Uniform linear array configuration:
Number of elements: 4
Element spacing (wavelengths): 1
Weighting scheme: exponential
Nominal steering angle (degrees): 60
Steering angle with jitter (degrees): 60.903
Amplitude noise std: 0.05
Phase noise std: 0.05

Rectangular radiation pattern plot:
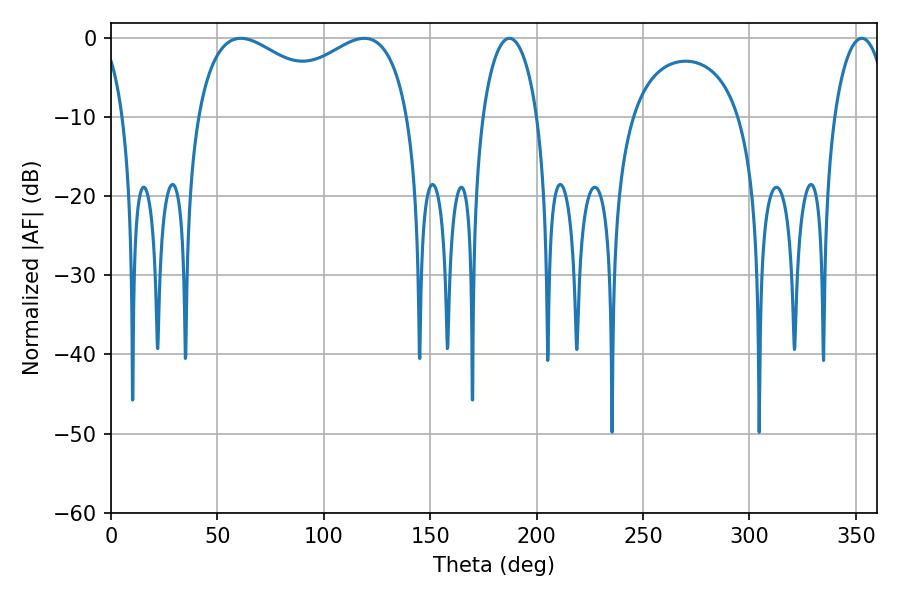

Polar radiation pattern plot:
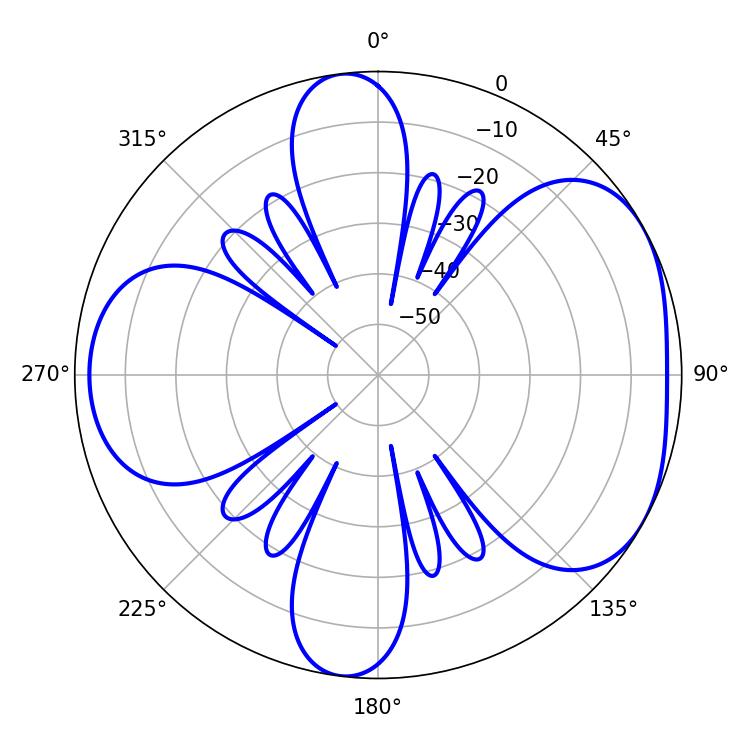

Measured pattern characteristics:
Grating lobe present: TRUE
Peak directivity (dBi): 4.724
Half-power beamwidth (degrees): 14.58
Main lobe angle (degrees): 187.2